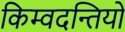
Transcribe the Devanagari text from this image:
किम्वदन्तियों